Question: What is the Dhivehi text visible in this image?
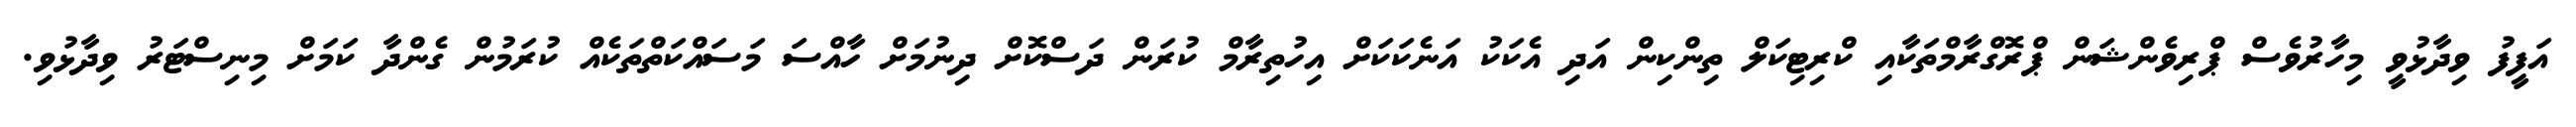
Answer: އަފީފު ވިދާޅުވީ މިހާރުވެސް ޕްރިވެންޝަން ޕްރޮގްރާމްތަކާއި ކްރިޓިކަލް ތިންކިން އަދި އެކަކު އަނެކަކަށް އިހުތިރާމް ކުރަން ދަސްކޮށް ދިނުމަށް ހާއްސަ މަސައްކަތްތަކެއް ކުރަމުން ގެންދާ ކަމަށް މިނިސްޓަރު ވިދާޅުވި.